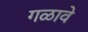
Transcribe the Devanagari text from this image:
गळावे